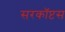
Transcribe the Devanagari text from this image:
सरकॉप्टस